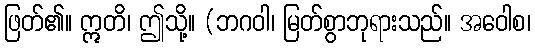
ဖြတ်၏။ ဣတိ၊ ဤသို့။ (ဘဂဝါ၊ မြတ်စွာဘုရားသည်။ အဝေါစ၊